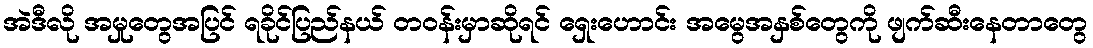
အဲဒီလို အမှုတွေအပြင် ရခိုင်ပြည်နယ် တဝန်းမှာဆိုရင် ရှေးဟောင်း အမွေအနှစ်တွေကို ဖျက်ဆီးနေတာတွေ